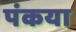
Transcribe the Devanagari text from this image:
पंकया